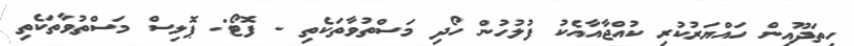
ހިތަދޫއިން ހައްޔަރުކުރި ކުއްޖާއާއެކު ފުލުހުން ހޯދި މަސްތުވާތަކެތި - ފޮޓޯ: ޕޮލިސް މަސްތުވާތަކެތި